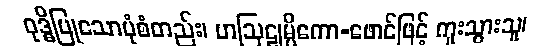
ဝုဒ္ဓိပြုသောပုံစံတည်း၊ ဟဩဠုမ္ပိကော-ဖောင်ဖြင့် ကူးသွားသူ၊